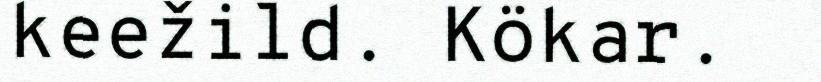
keežild. Kökar.